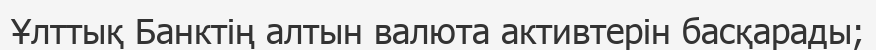
Ұлттық Банктің алтын валюта активтерiн басқарады;